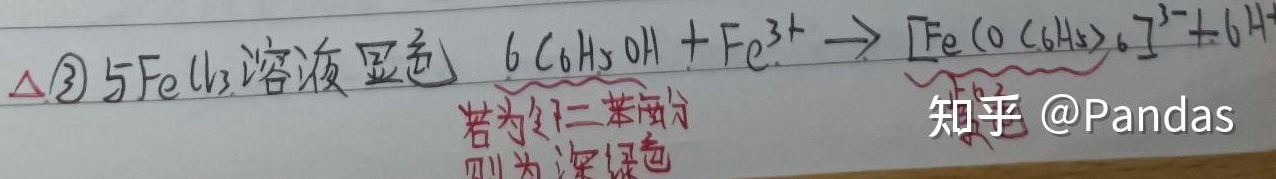
$\triangle$
\textcircled{3} 与$\mathrm{FeCl}_{3}$溶液显色 $6\mathrm{C}_{6}\mathrm{H}_{5}\mathrm{OH}+\mathrm{Fe}^{3 + }\longrightarrow[\mathrm{Fe}(\mathrm{O}(\mathrm{C}_{6}\mathrm{H}_{5})_{6})]^{3 - } + 6\mathrm{H}^{+}$
若为邻二苯酚则为深绿色
知乎 @Pandas